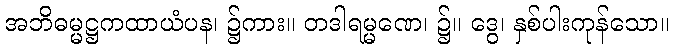
အဘိဓမ္မဋ္ဌကထာယံပန၊ ၌ကား။ တဒါရမ္မဏေ၊ ၌။ ဒွေ၊ နှစ်ပါးကုန်သော။